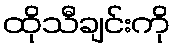
ထိုသီချင်းကို